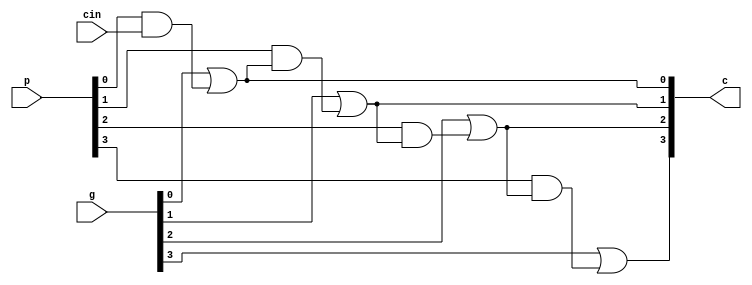
`timescale 1ns / 1ps
//////////////////////////////////////////////////////////////////////////////////
// Company: 
// Engineer: 
// 
// Design Name: 
// Module Name: carry_calc
// Project Name: 
// Target Devices: 
// Tool Versions: 
// Description: 
// 
// Dependencies: 
// 
// Revision:
// Revision 0.01 - File Created
// Additional Comments:
// 
//////////////////////////////////////////////////////////////////////////////////


module carry_calc(input [3:0] p,input [3:0] g,input cin,output [4:1] c);
    assign c[1]=g[0]|(p[0]&cin);
    assign c[2]=g[1]|(p[1]&(g[0]|(p[0]&cin)));
    assign c[3]=g[2]|(p[2]&(g[1]|(p[1]&(g[0]|(p[0]&cin)))));
    assign c[4]=g[3]|(p[3]&(g[2]|(p[2]&(g[1]|(p[1]&(g[0]|(p[0]&cin)))))));
endmodule